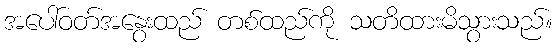
အပေါ်ဝတ်အနွေးထည် တစ်ထည်ကို သတိထားမိသွားသည်။